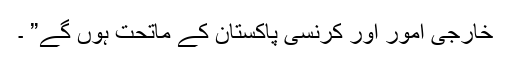
خارجی امور اور کرنسی پاکستان کے ماتحت ہوں گے” ۔